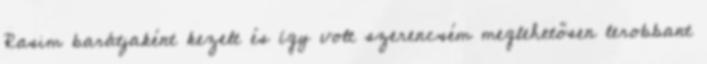
Rasim barátjaként kezelt és így volt szerencsém meglehetősen lerobbant